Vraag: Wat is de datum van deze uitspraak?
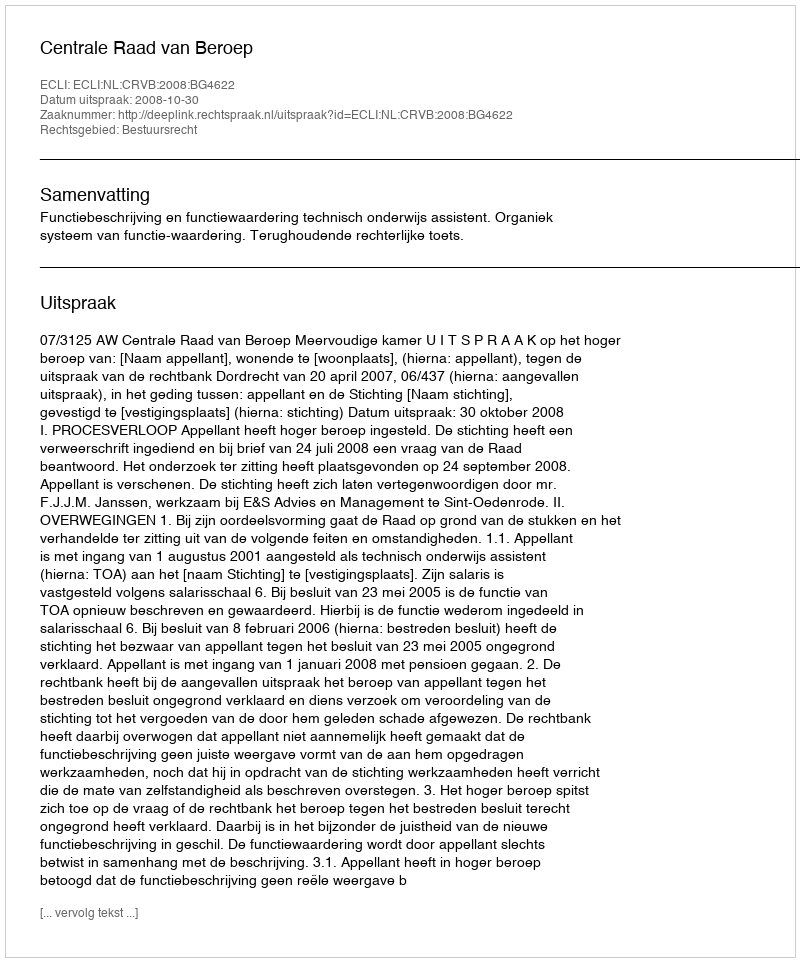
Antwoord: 2008-10-30